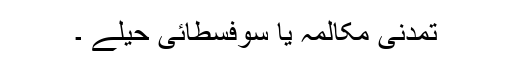
تمدنی مکالمہ یا سوفسطائی حیلے ۔